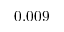
0 . 0 0 9